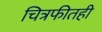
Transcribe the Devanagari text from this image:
चित्रफीतही